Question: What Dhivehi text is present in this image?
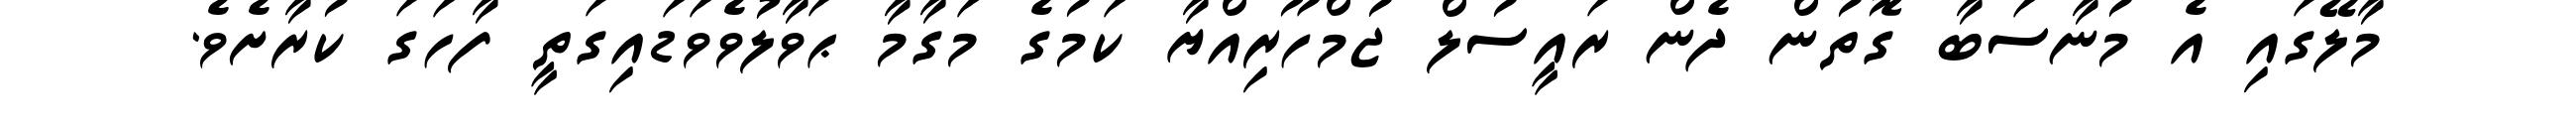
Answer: މާލޭގައި އެ މުނާސަބާ ގޮތުން ދެން ރައީސުލް ޖުމްހޫރިއްޔާ ކަމުގެ މަގާމާ ޙަވާލުވެވަޑައިގަތީ ފާހަގަ ކުރާށެވެ.